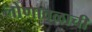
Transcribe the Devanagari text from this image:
लोणावळाची